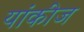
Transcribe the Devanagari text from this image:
यांकीज